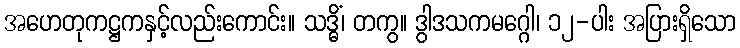
အဟေတုကဋ္ဌကနှင့်လည်းကောင်း။ သဒ္ဓိံ၊ တကွ။ ဒွါဒသကမဂ္ဂေါ၊ ၁၂-ပါး အပြားရှိသော